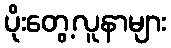
ပိုးတွေ့လူနာများ